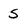
Character: S